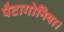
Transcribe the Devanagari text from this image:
पैटागोनिया।